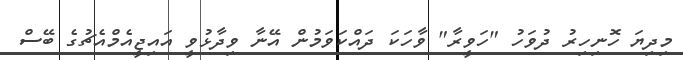
މިދިޔަ ހޮނިހިރު ދުވަހު "ހަވީރާ" ވާހަކަ ދައްކަވަމުން އޭނާ ވިދާޅުވީ އައިޖީއެމްއެޗުގެ ބޭސް